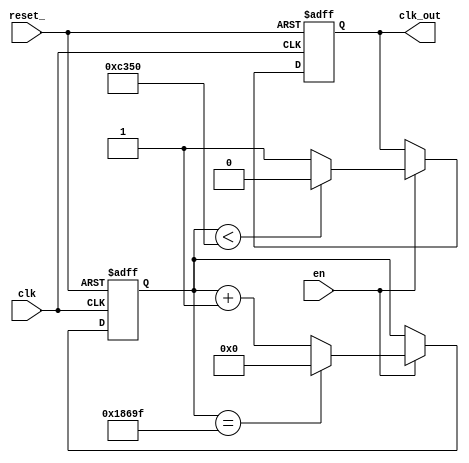
/*
100MHz la 1KHz
100 * 10^6 / 1*10^3=100000
log100000/log2=17 ===> un registru cu dimensiunea de 17.
100000/2=50000, deoarece incepem de la 0 vom merge pana la 4999 de pulsuri.

*/


module clkParam
#( //------------parameter definition-------------
	parameter in_clk_f = 100000000, // both values are in Hz
	parameter out_clk_f = 1000		  // if the values will not be overwrited when the module is instantiated, theese values will be used
)
(clk,reset_,en,clk_out);
//------------input signals-------------
input clk;
input en;		// active high
input reset_;	// active low
//------------ouput signals-------------
output clk_out;

//-------------local values definition-------------
parameter division_rate = in_clk_f/out_clk_f;	// this will act like the define found in the C language. When the code will be compiled, the parameter values will be replaced with the actual values from the module instantiation
												// if the 2 parameters in_clk_f and out_clk_f will not be overwritted in the module instantation the result will be 100_000_000/1000 = 100_000
parameter counter_width = $clog2(division_rate); // returns an integer which has the value of the ceiling of the log base 2. Ex $clog2(5) = 3, 5 can be written on 3 bits
													// log base 2(100000)=16,60 ==> 100000 poate fi scris intr-un registru cu 17 biti
reg[counter_width-1:0] counter_ff, counter_next; // counter_ff(or counter flip-flop) is the present state, this value will be assigned to the output, counter_next is the next state 
reg			   		   out_ff    , out_next;

//------------continue assignement-----------------
assign clk_out = out_ff;	// in this part all the ouputs are continiously assigned to the _ff signals 
							// atribuim starea prezenta
						    // -------------- ATRIBUIM clk_out lui out_ff ( starea prezenta ) ------------

//---------------combinational logic----------
always @*	// will enter this process whenever a signal from the one used below changes his state
	begin
		// in case the logic below doesn`t change the _next, we have to have a backup plan 
		counter_next = counter_ff;	// if nothing change below, the next state is the same as present state
		out_next = out_ff;         // ----- INTREBAREEE !!! ( de ce clk_out = out_ff dar si out_next = out_ff ===> out_next = clk_out????  -----------      
		if(en)  // daca en e 1
		begin
			// now we make the next state logic :)
			if(counter_ff < (division_rate/2))	// one half of the counting period out is 1, the other half is 0
													// in situatia data de mine (20,5), division rate=4, 4/2 - 1 = 1
													// cand counter_ff < 1, out_next=0
													// ADEVARAT
				begin
					out_next = 1'b0;
				end
			else									// cand counter_ff > 1, out_next=1, DA!
				begin
					out_next = 1'b1;
				end
			if(counter_ff == (division_rate-1))		// in cazul meu 4-1= 3, counting logic - reset when the counter values is equal with the division rate
				begin
					counter_next = {counter_width{1'b0}};				// reset all bits of the counter to 0. The {} will concatenate 0 for counter_width times
				end
			else
				begin
					counter_next = counter_ff+1'b1;			// increment the counter
				end
		end
	end

//-------------clock process------------
always @(posedge clk or negedge reset_)   // intotdeauna la frontul crescator de tact sau negativ de reset
	begin
		if(!reset_)   // daca reset e 0, if active reset the counter and the output are set to default values
			begin
				counter_ff <= {counter_width{1'b0}};  // atribuim counter_ff(starea actuala) 0
				out_ff 	   <= 1'b0;			
			end
		else  // daca reset_ e 1	
			begin 
				counter_ff <= counter_next;          // update the counter state
				out_ff     <= out_next    ;     	  // clk = clk negat
			end
	end
	
endmodule